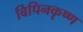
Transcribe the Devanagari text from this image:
बिपिनकृष्ण